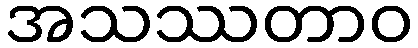
အသဿတာဝ